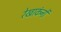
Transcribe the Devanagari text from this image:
रेखाकंनों